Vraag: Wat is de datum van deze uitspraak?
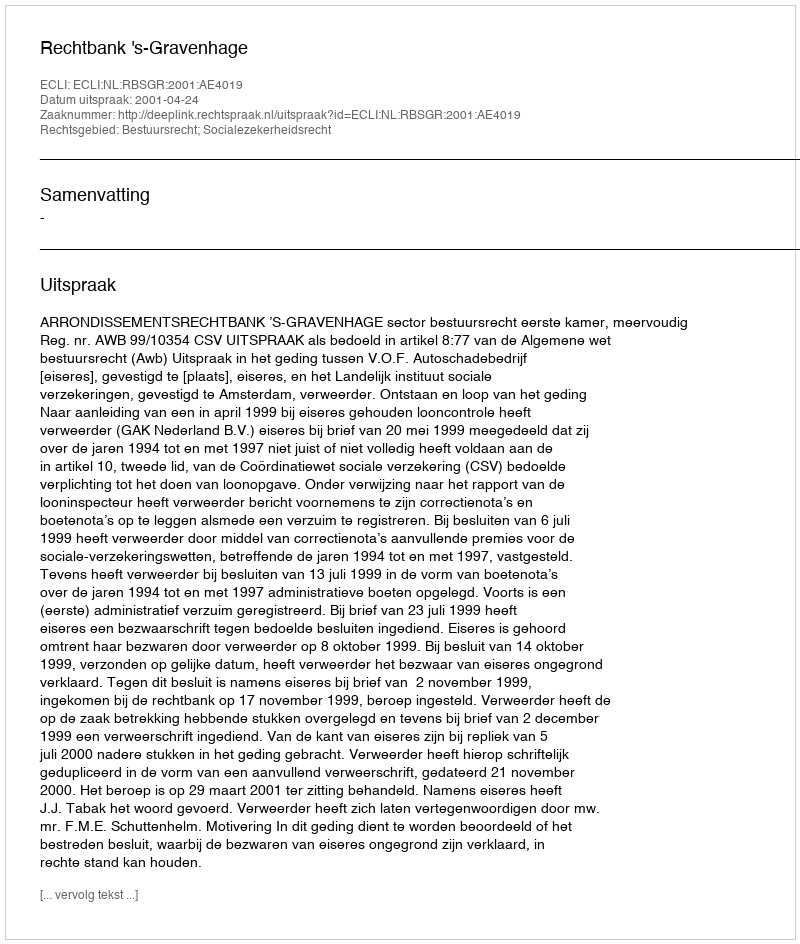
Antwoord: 2001-04-24